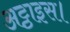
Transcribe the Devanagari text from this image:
अट्ठाइस।